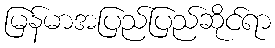
မြန်မာအပြည်ပြည်ဆိုင်ရာ